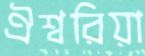
ঐশ্বরিয়া